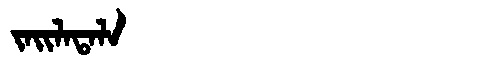
Manchu: ᠵᠠᡳᠯᠠᡨᠠᠯᠠ
Romanization: JAILATALA